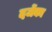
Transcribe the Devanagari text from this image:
दर्जेका